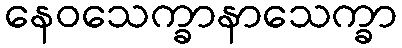
နေဝသေက္ခာနာသေက္ခာ